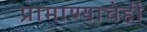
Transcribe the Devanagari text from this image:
प्रामाण्याचेही